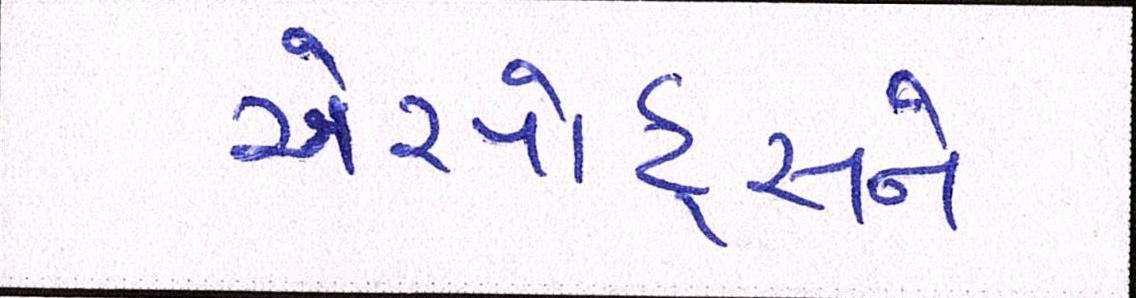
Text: એરપોર્ટ્સને